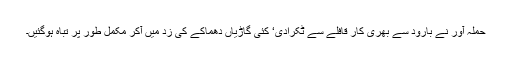
حملہ آور نے بارود سے بھری کار قافلے سے ٹکرادی‘ کئی گاڑیاں دھماکے کی زد میں آکر مکمل طور پر تباہ ہوگئیں۔